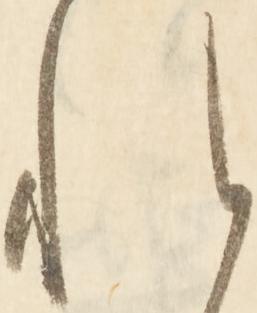
れ